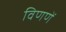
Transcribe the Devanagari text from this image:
विणणें